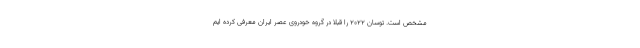
مشخص است. توسان 2022 را قبلا در گروه خودروی عصر ایران معرفی کرده ایم